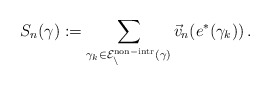
\begin{align*}S_n(\gamma) := \sum_{\gamma_k \in \cal E_n^{\rm non-intr}(\gamma)}\vec v_n(e^*(\gamma_k)) \, .\end{align*}